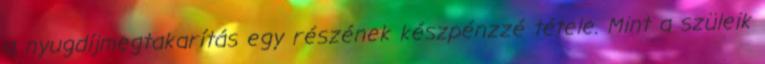
a nyugdíjmegtakarítás egy részének készpénzzé tétele. Mint a szüleik